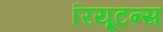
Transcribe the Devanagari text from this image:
रियूटन्स